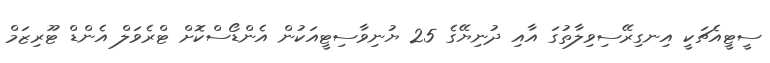
ސީޓީއެޗަކީ އިނގިރޭސިވިލާތުގަ އާއި ދުނިޔޭގެ 25 ޔުނިވާސިޓީއަކުން އެންޑޯސްކޮށް ޓްރެވަލް އެންޑް ޓޫރިޒަމް